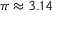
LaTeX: \pi \approx 3 . 1 4